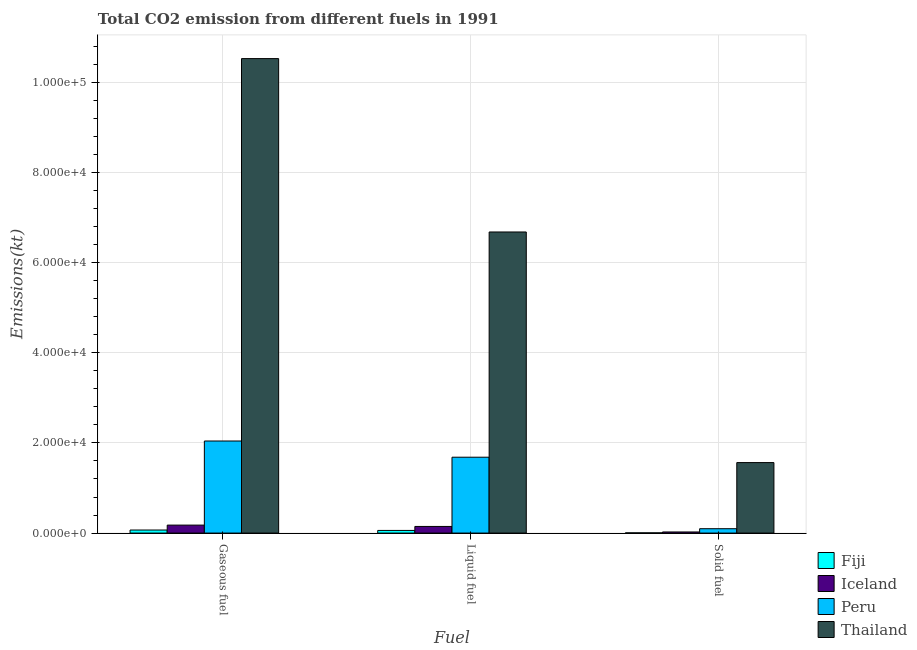
| Fuel | Fiji | Iceland | Peru | Thailand |
 | --- | --- | --- | --- | --- |
 | Gaseous fuel | 675 | 1.77e+03 | 2.04e+04 | 1.05e+05 |
 | Liquid fuel | 587 | 1.47e+03 | 1.68e+04 | 6.68e+04 |
 | Solid fuel | 47.7 | 246 | 968 | 1.56e+04 |